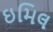
ઇમિલ